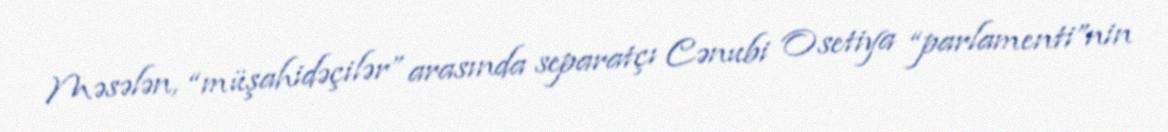
Məsələn, “müşahidəçilər” arasında separatçı Cənubi Osetiya “parlamenti”nin